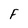
Character: F